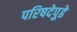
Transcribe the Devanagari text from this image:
परिषदेपुढे